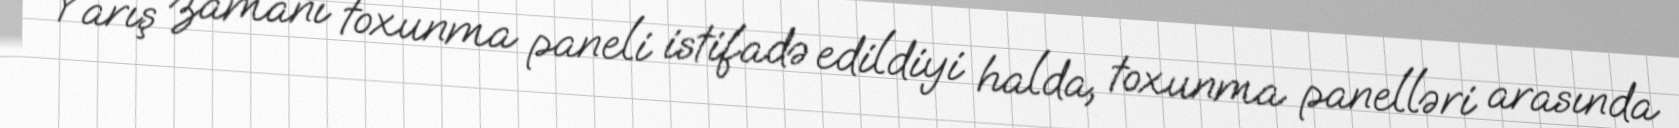
Yarış zamanı toxunma paneli istifadə edildiyi halda, toxunma panelləri arasında